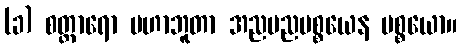
(ခ) စတ္တာရော မဟာဘူတာ အညမညပစ္စယေန ပစ္စယော။